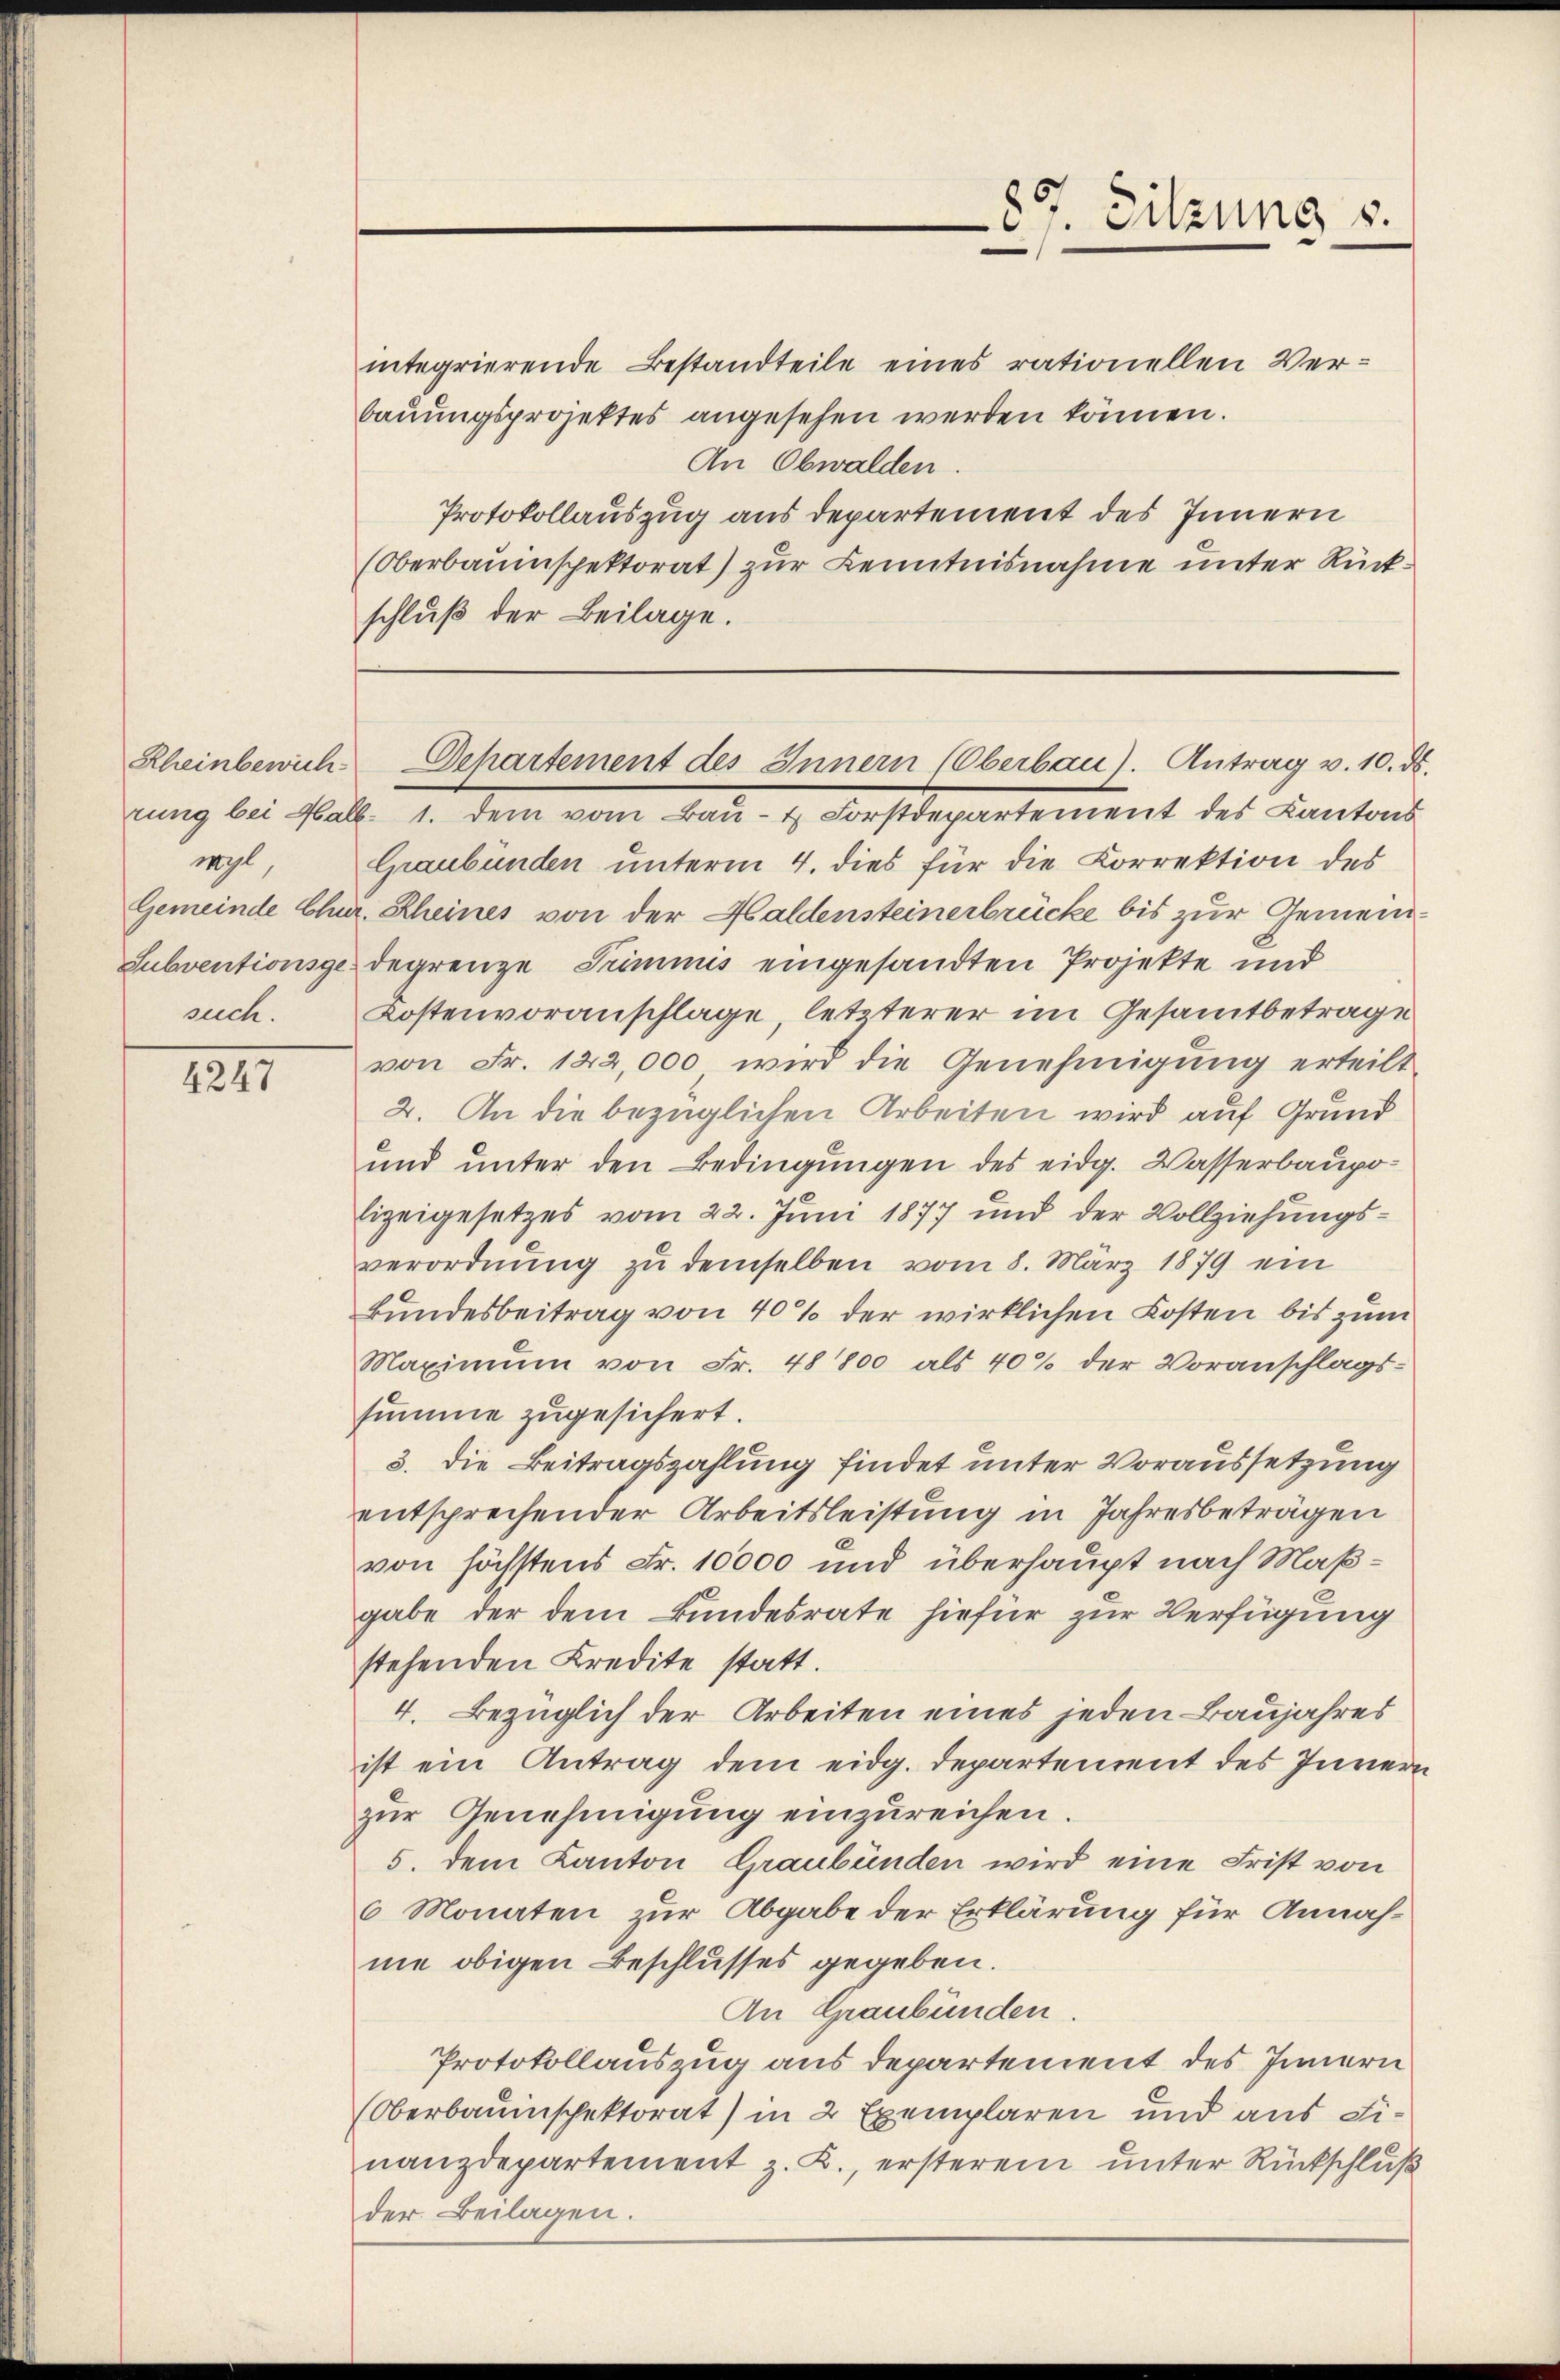
1247

Rheinbewich
wyl
such.

integrierende Bestandteile eines rationellen Verbaŭŭngsprojektes angesehen werden können.
An Obwalden.
Protokollauszug aus departement des Innern
(Oberbauinspektorat) zur Kenntnisnahme unter Rückschluß der Beilage.

87. Sitzung s.

rung bei Halb- 1. dem vom Bau- & Forstdepartement des Kantons
Graubünden unterm 4. dies für die Correktion des
Gemeinde Chur. Rheines von der Haldensteinerbrücke bis zur Gemein¬
Subventionsge degrenze Triminis eingesandten Projekte und
Kostenvoranschlage, letzterer im Gesamtbetrage
von Fr. 122,000 wird die Genehmigŭng erteilt
2. An die bezüglichen Arbeiten wird auf Grund
und unter den Bedingungen des eidg. Wasserbaupo-
lizeigesetzes vom 22. Juni 1877 und der Vollziehungsverordnŭng zu demselben vom 8. März 1879 ein
Bundesbeitrag von 40% der wirklichen Kosten bis zum
Maximum von Fr. 48 800 als 40% der Voranschlags-
summe zugesichert.
3. die Beitragszahlung findet unter Voraussetzung
entsprechender Arbeitsleistung in Jahresbeträgen
von höchstens Fr. 10000 und überhaupt nach Maßgabe der dem Bundesrate hiefür zur Verfügung
stehenden Kredite statt.
4. Bezüglich der Arbeiten eines jeden Baujahres
ist ein Antrag dem eidg. Departement des Innern
zur Genehmigung einzureichen.
5. dem Kanton Graubünden wird eine Frist von
6 Monaten zur Abgabe der Erklärung für Annahme obigen Beschlusses gegeben.
An Graubünden.
Protokollauszug aus departement des Innern
Oberbauinschektorat) in 2 Exemplaren und aus Finanzdepartement z. K., ersterem unter Rückschluß
der Beilagen.

Departement des Innern (Oberbau). Antrag v. 10. ds.